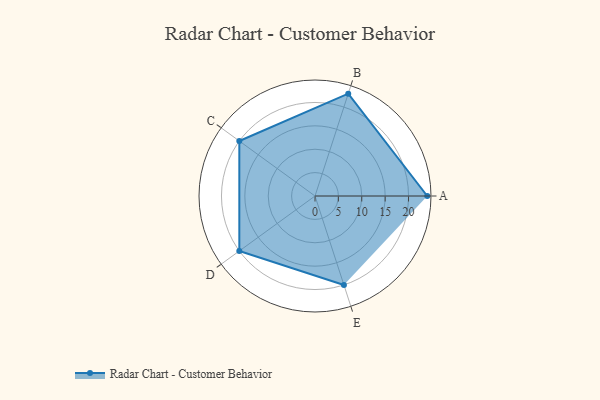
{"axis": {"x": "Skill", "y": "Score"}, "legend": ["Profile"], "data": [{"x": "A", "y": 24.0, "type": "Profile"}, {"x": "B", "y": 23.0, "type": "Profile"}, {"x": "C", "y": 20, "type": "Profile"}, {"x": "D", "y": 20, "type": "Profile"}, {"x": "E", "y": 20, "type": "Profile"}]}